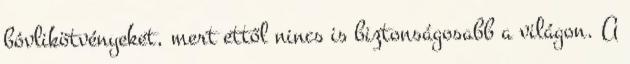
bóvlikötvényeket, mert ettől nincs is biztonságosabb a világon. A